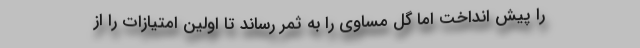
را پیش انداخت اما گل مساوی را به ثمر رساند تا اولین امتیازات را از